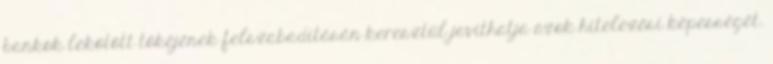
bankok lekötött tőkéjének felszabadításán keresztül javíthatja azok hitelezési képességét.